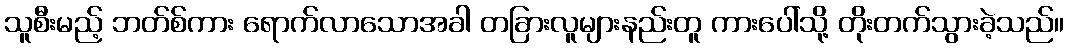
သူစီးမည့် ဘတ်စ်ကား ရောက်လာသောအခါ တခြားလူများနည်းတူ ကားပေါ်သို့ တိုးတက်သွားခဲ့သည်။